King Institute of Preventive Medicine Micro-Biological Section reports 1909-11
Year: 1909
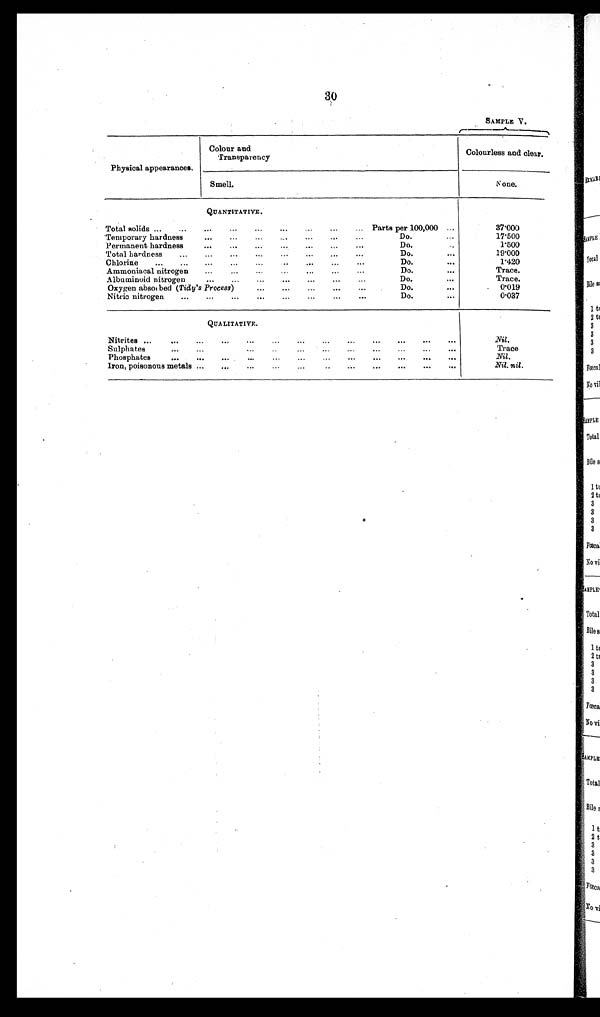
30
SAMPLE V.
Physical appearances.
Col our and Transparency
Colourless and clear.
Smell.
None.
QUANTITATIVE.
Total solids ...
...
...
...
...
...
...
...
Parts per 100,000 ...
37.000
Temporary hardness
...
...
...
...
...
...
...
Do.
...
17.500
Permanent hardness
...
...
...
...
...
...
...
Do.
1.500
Total hardness
...
... ...
...
...
...
...
Do.
...
19.000
Chlorine
...
...
...
...
...
Do.
...
1.420
Ammoniacal nitrogen
...
...
...
...
...
...
Do.
...
Trace.
Albuminoid nitrogen
...
...
...
...
Do.
...
Trace.
Oxygen absorbed ( Tidy's Process)
...
...
...
...
...
Do.
...
0 . 0 1 9
Nitric nitrogen
... ... ...
...
...
...
...
Do.
0.037
QUALITATIVE.
Nitrites ...
... ... ... ... ... ... ... ... ... ... ...
Nil.
Sulphates
...
...
...
..
...
...
...
... ...
...
Trace
Phosphates
... ...
...
...
... ... ... ... ... ... ...
Nil.
Iron, poisonous metals ......
... ... ... ...
Nil, nil.